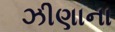
ઝીણાના